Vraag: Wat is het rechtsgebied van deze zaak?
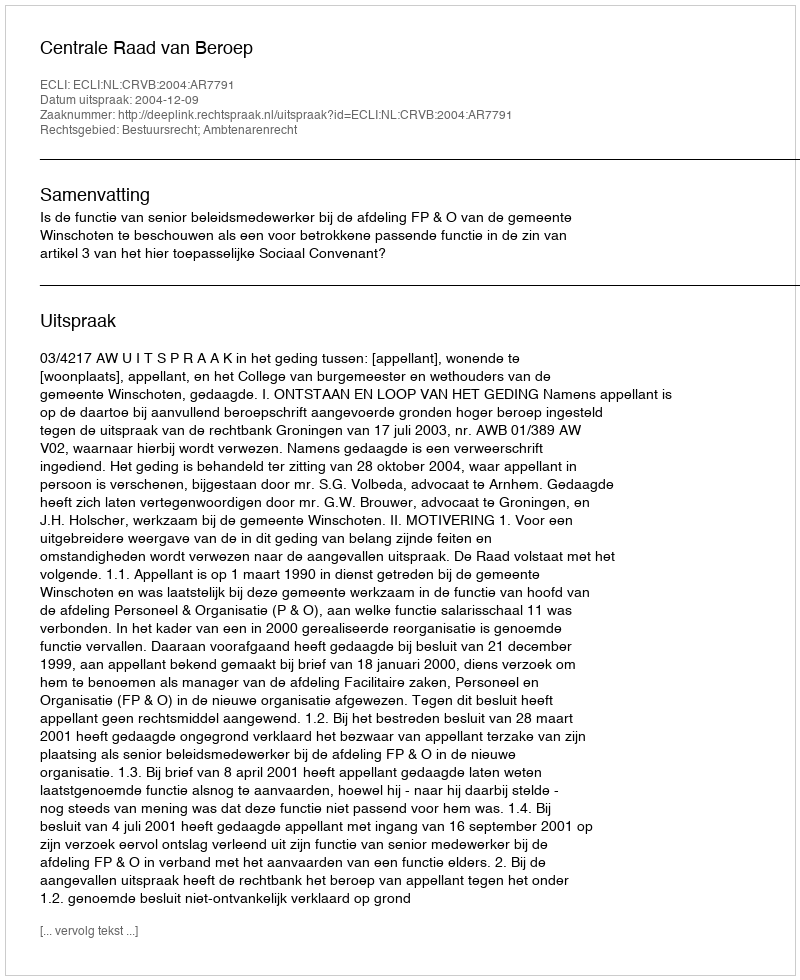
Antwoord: Bestuursrecht; Ambtenarenrecht